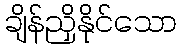
ချိန်ညှိနိုင်သော